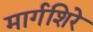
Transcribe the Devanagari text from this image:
मार्गशिरे